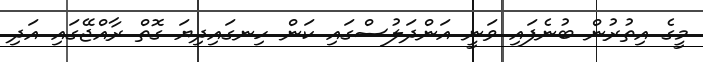
މީގެ އިތުރުން ބުނެފައި ވަނީ އަންދަލުސްގައި ކަން ހިނގައިދިޔަ ގޮތް ރާއްޖޭގައި އަދި